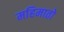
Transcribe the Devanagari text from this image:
महिमातो